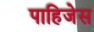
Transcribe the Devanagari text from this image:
पाहिजेस